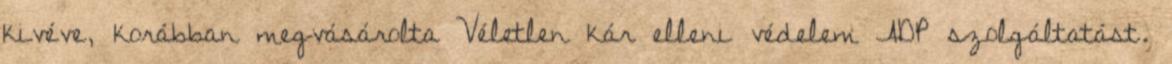
kivéve, korábban megvásárolta Véletlen kár elleni védelem ADP szolgáltatást.